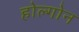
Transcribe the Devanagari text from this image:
होल्गोन